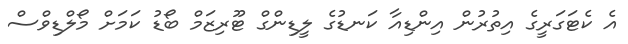
އެ ކެޓަގަރީގެ އިތުރުން އިންޑިއާ ކަނޑުގެ ލީޑިންގް ޓޫރިޒަމް ބޯޑު ކަމަށް މޯލްޑިވްސް